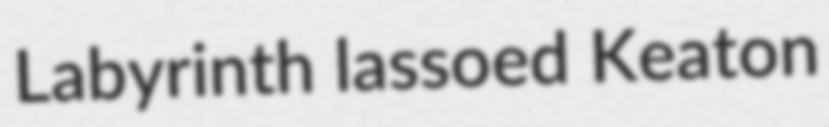
Labyrinth lassoed Keaton